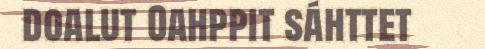
doalut Oahppit sáhttet